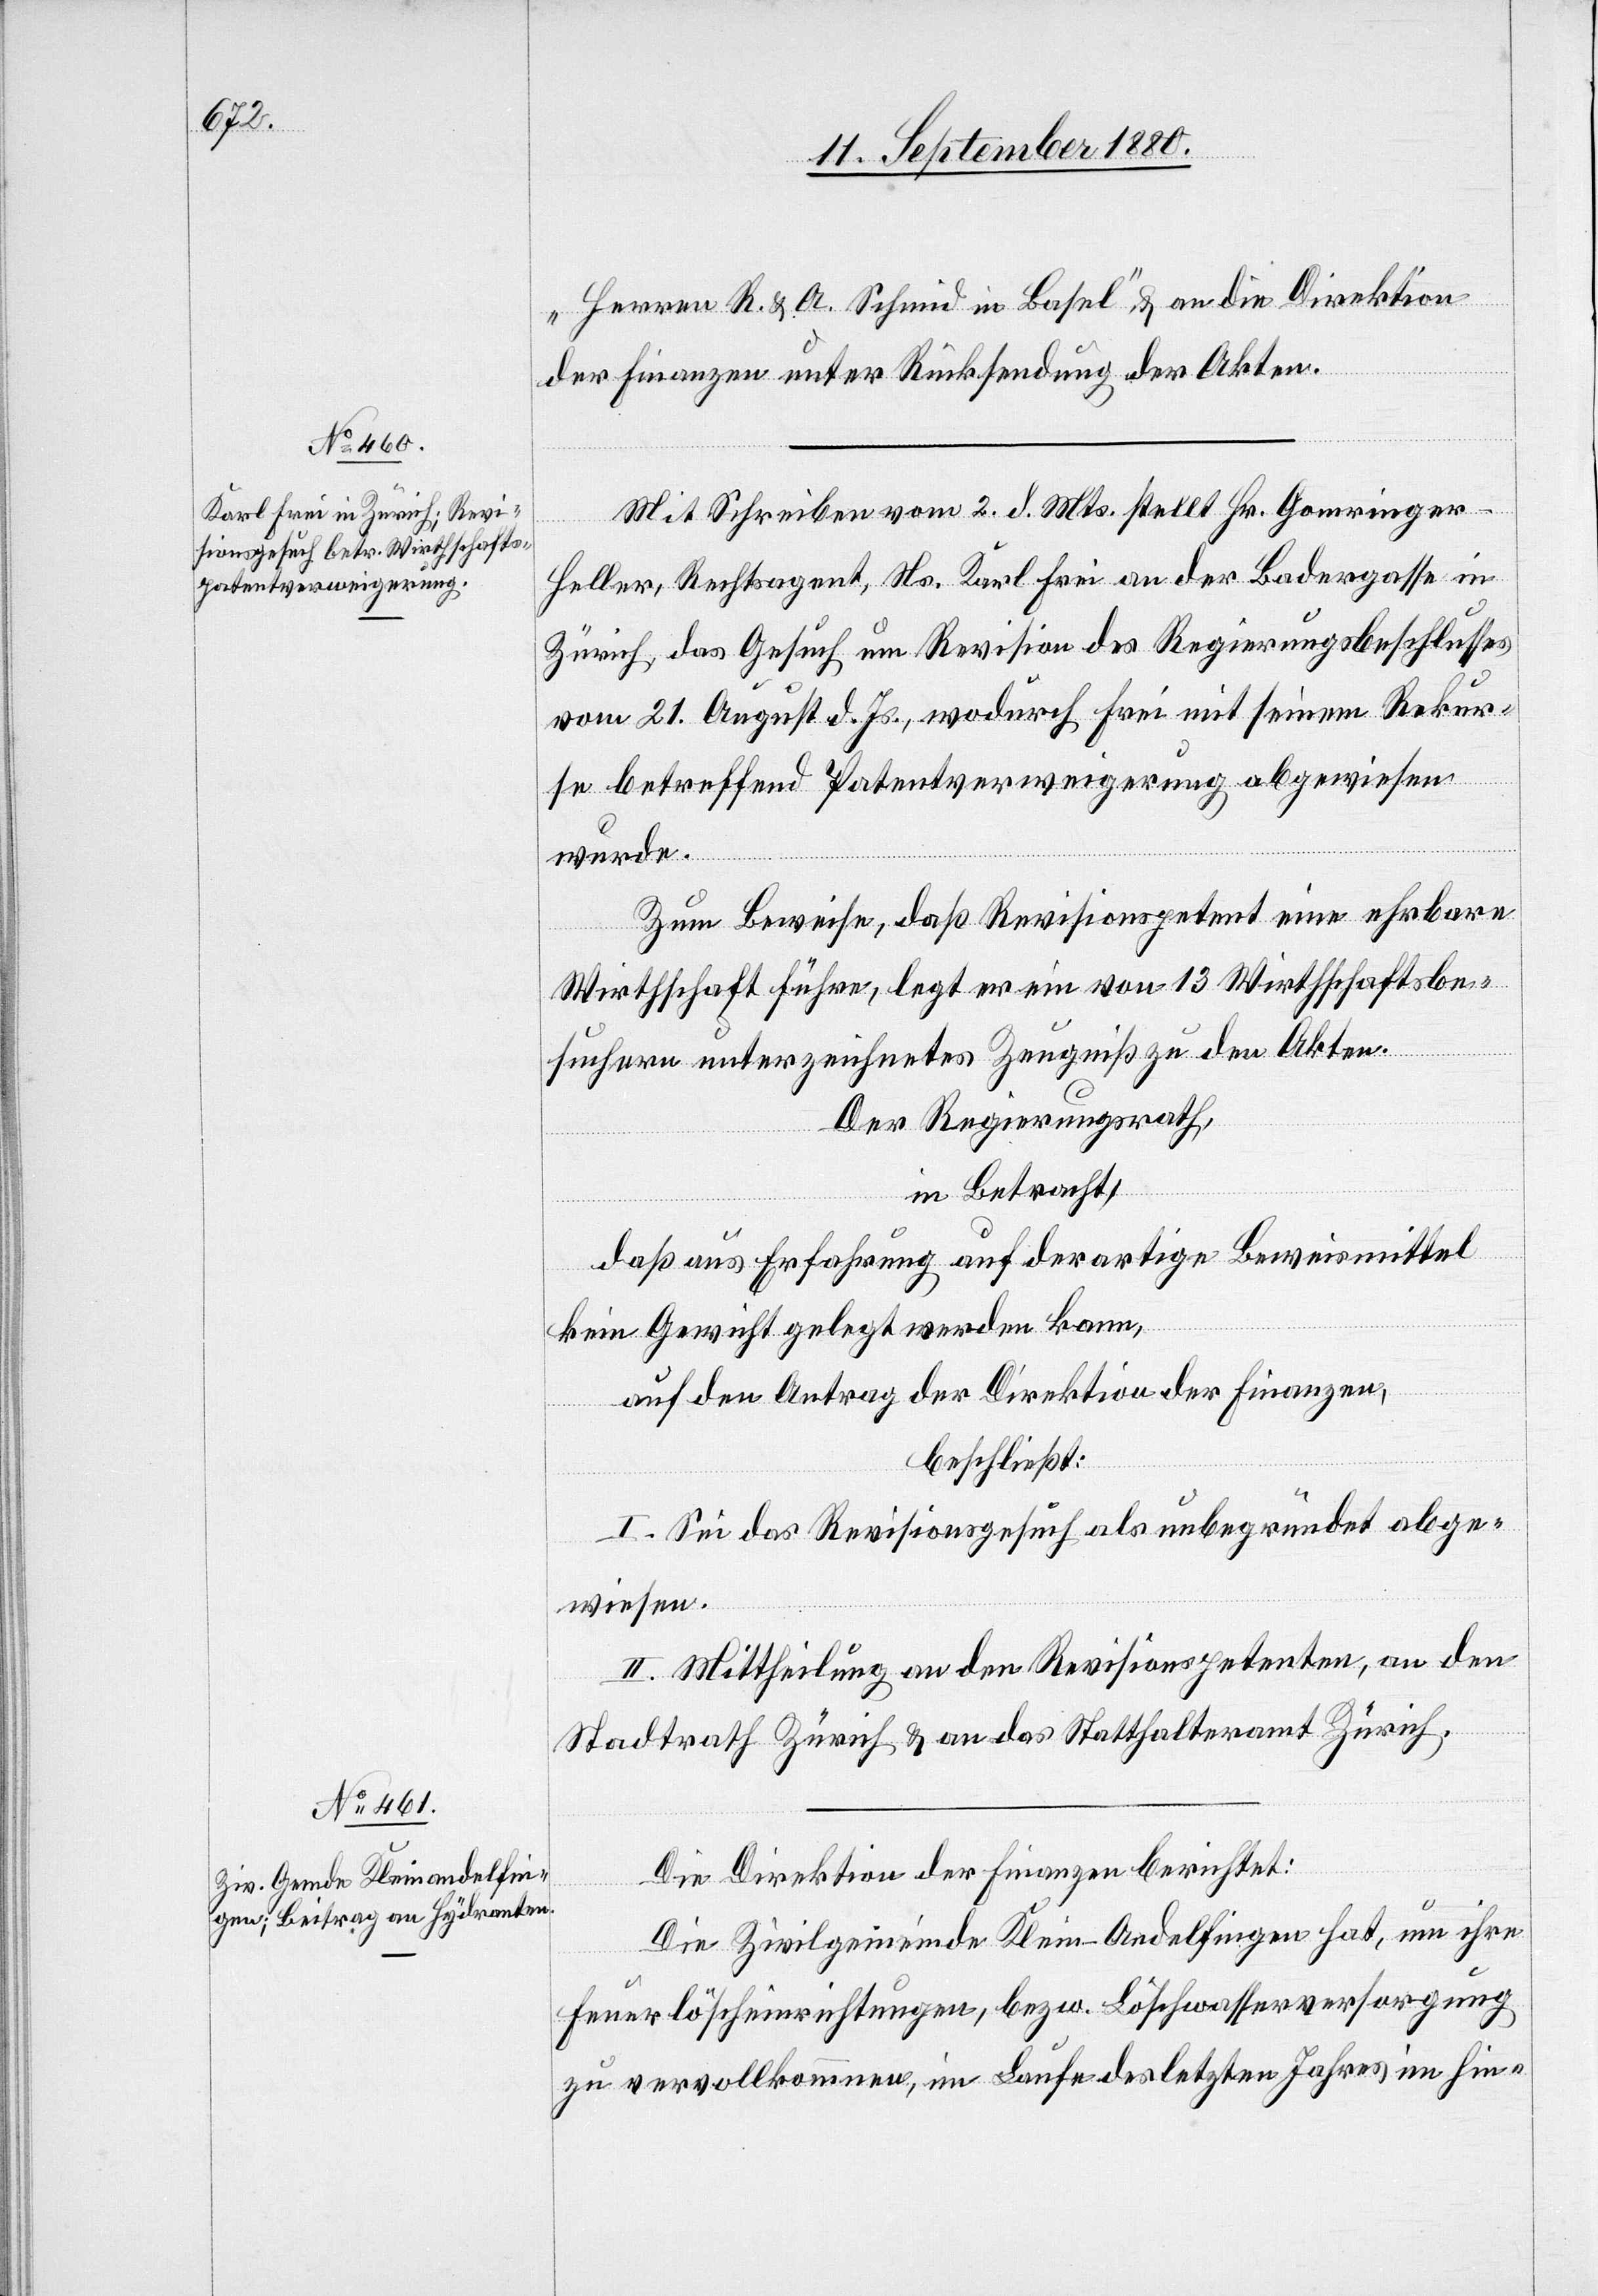
„Herren R. & A. Schmid in Basel“, & an die Direktion
der Finanzen unter Rücksendung der Akten.
Mit Schreiben vom 2. d. Mts. stellt Hr. Gomringer-H¬
eller, Rechtsagent, Ns. Karl Frei an der Badergasse in
Zürich, das Gesuch um Revision des Regierungsbeschlusses
vom 21. August d. Js., wodurch Frei mit seinem Rekur¬
se betreffend Patentverweigerung abgewiesen
wurde.
Zum Beweise, daß Revisionspetent eine ehrbare
Wirthschaft führe, legt er ein von 13 Wirthschaftsbe¬
suchern unterzeichnetes Zeugniß zu den Akten.
Der Regierungsrath,
in Betracht,
daß aus Erfahrung auf derartige Beweismittel
kein Gewicht gelegt werden kann,
auf den Antrag der Direktion der Finanzen,
beschließt:
I. Sei das Revisionsgesuch als unbegründet abge¬
wiesen.
II. Mittheilung an den Revisionspetenten, an den
Stadtrath Zürich & an das Statthalteramt Zürich.
Die Direktion der Finanzen berichtet:
Die Zivilgemeinde Klein-Andelfingen hat, um ihre
Feuerlöscheinrichtungen, bezw. Löschwasserversorgung
zu vervollkommnen, im Laufe des letzten Jahres im hin-